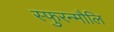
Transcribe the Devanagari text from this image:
स्फुरन्मौलि